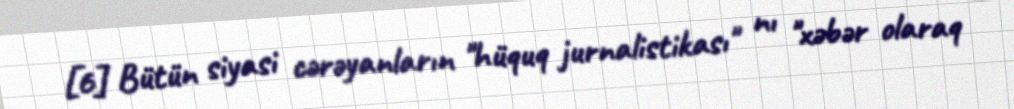
[6] Bütün siyasi cərəyanların "hüquq jurnalistikası" nı "xəbər olaraq